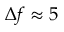
\Delta f \approx 5